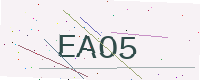
Text: EAO5